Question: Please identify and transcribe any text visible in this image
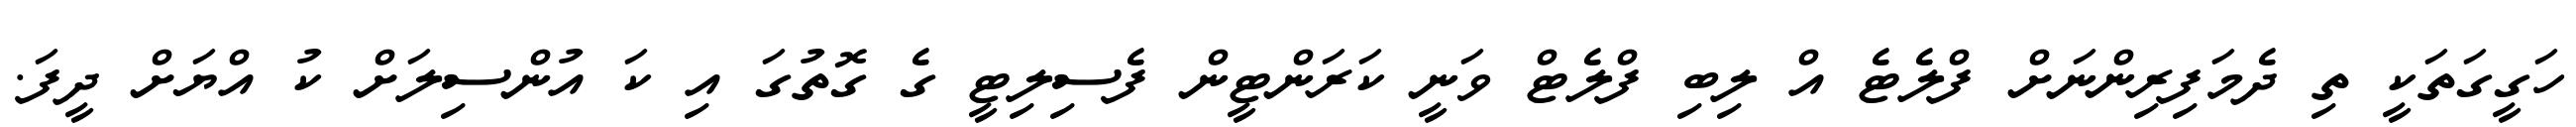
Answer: ހަގީގަތަކީ ތި ދެމަފިރިންނަށް ފްލެޓެ އް ލިބި ފްލެޓް ވަނީ ކަރަންޓީން ފެސިލިޓީ ގެ ގޮތުގަ އި ކަ އުންސިލަށް ކު އްޔަށް ދީފަ.